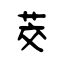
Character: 茭